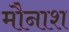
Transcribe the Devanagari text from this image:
मौनाश